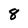
Character: 8